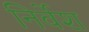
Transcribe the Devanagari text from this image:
निर्वेश